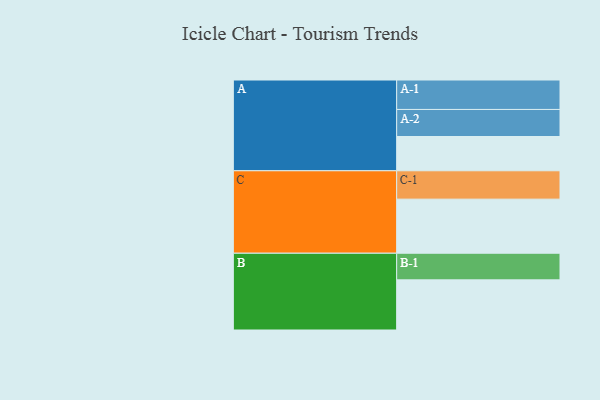
{"axis": {"x": "Segment", "y": "Value"}, "legend": ["", "A", "B", "C"], "data": [{"x": "A", "y": 313, "type": ""}, {"x": "B", "y": 458, "type": ""}, {"x": "C", "y": 494, "type": ""}, {"x": "A-1", "y": 269, "type": "A"}, {"x": "A-2", "y": 247, "type": "A"}, {"x": "B-1", "y": 243, "type": "B"}, {"x": "C-1", "y": 259, "type": "C"}]}